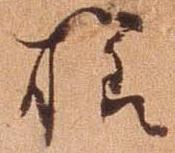
様